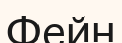
Фейн